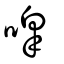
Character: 嗥